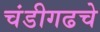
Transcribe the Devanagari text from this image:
चंडीगढचे